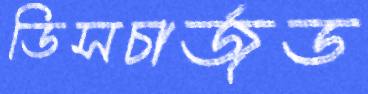
ডিসচার্জড